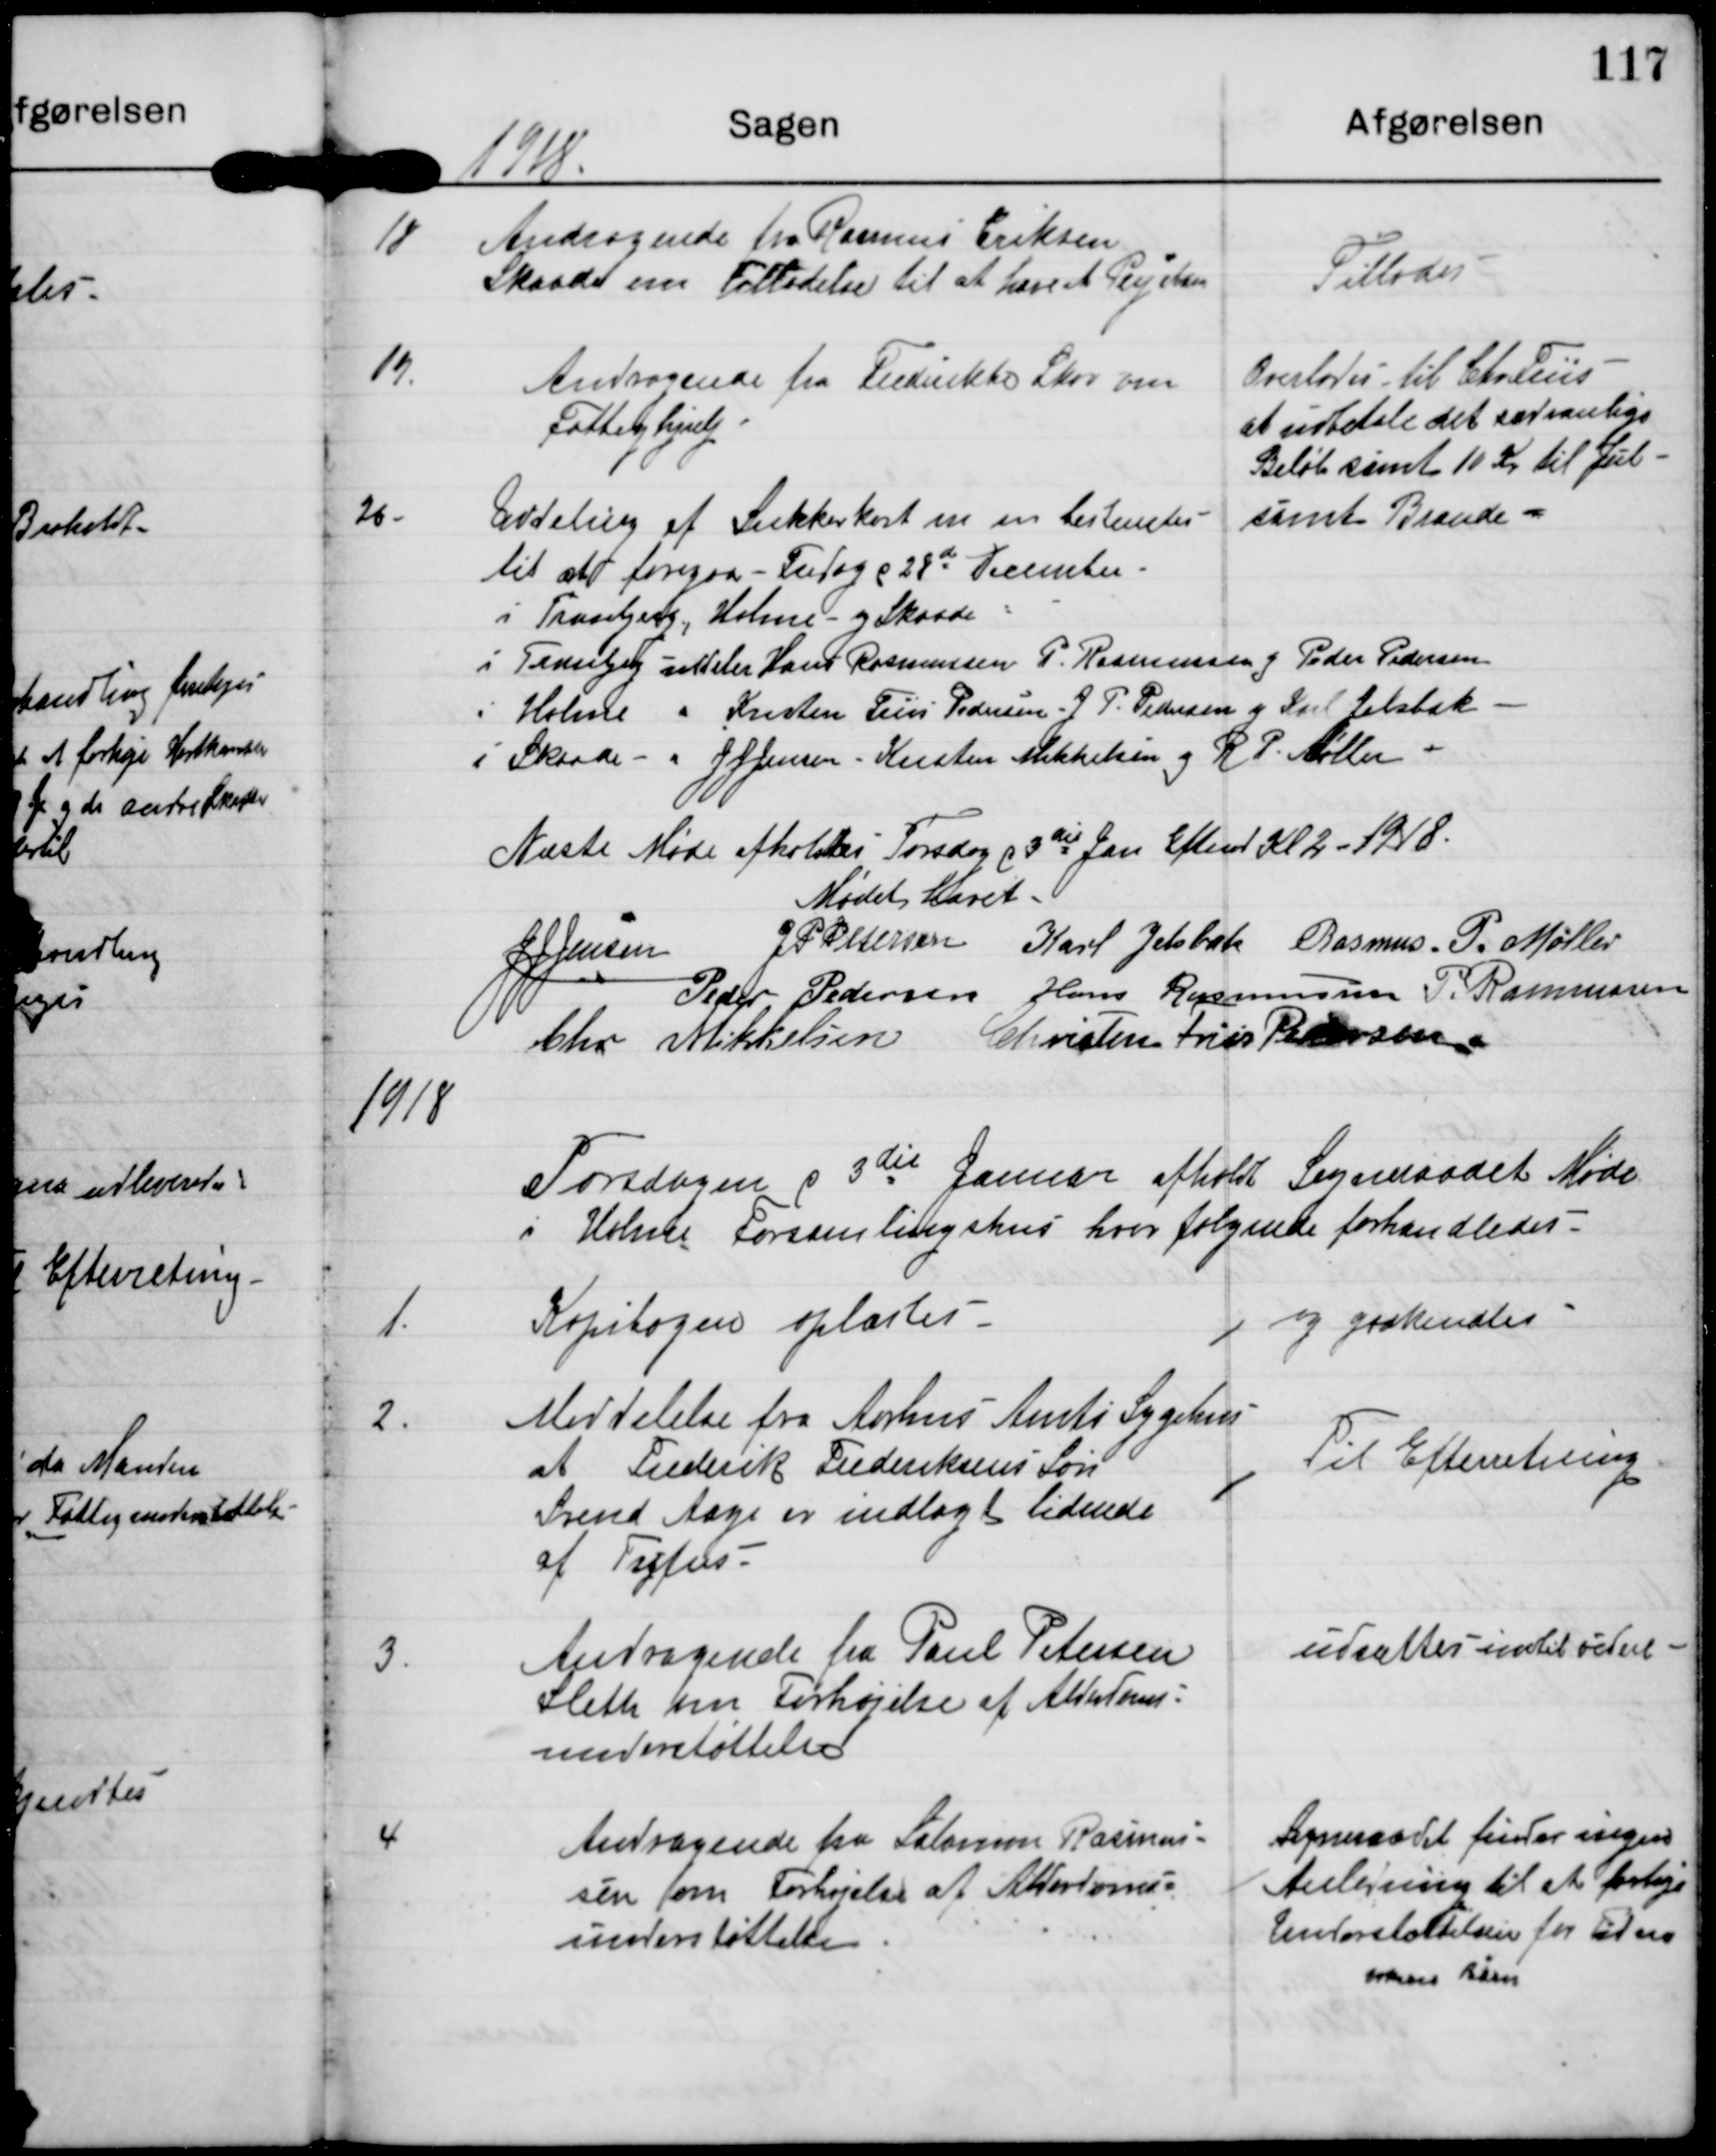
Transskription:
1918

18

Andragende fra Rasmus Eriksen
Skaade om Tilladelse til at have et Plejebarn

Tillades

19

Andragende fra Frederikke Skov om
Fattighjælp

Overlades til Chr Friis
at uddele det sædvanlige
Beløb samt 10 Kr til Jul
samt Brænde

20

Uddeling af Sukkerkort m m bestemtes
til at foregaa Fredag d 28de December
i Tranbjerg, Holme og Skaade

i Tranbjerg uddeler Hans Rasmussen P. Rasmussen og Peder Pedersen
i Holme " Kristen Friis Pedersen, J P. Pedersen og Karl Jelsbak
i Skåde " J J Jensen - Kristen Mikkelsen og R P Møller

Næste Møde afholdes Torsdag d 3die Jan Efterm Kl 2 - 1918

Mødet hævet

J J Jensen

J P Petersen

Karl Jelsbak

Rasmus P. Møller

Peder Pedersen

Hans Rasmussen

P. Rasmussen

Chr Mikkelsen

Christen Friis Pedersen

1918

Torsdagen d 3die Januar afholdt Sogneraadet Møde
i Holme Forsamlingshus hvor følgende forhandledes

1

Kopibogen oplæstes

og godkendtes

2

Meddelelse fra Aarhus Amts Sygehus
at Frederik Frederiksens Søn
Svend Aage er indlagt lidende
af Tyfus.

Til Efterretning

3

Andragende fra Paul Petersen
Sleth om Forhøjelse af Alderdoms-
understøttelse

udsattes indtil videre

Sogneraadet finder ingen
Anledning til at forhøje
Understøttelsen for ?
voksne børn

4

Andragende fra Salomon Rasmus-
sen om Forhøjelse af Alderddoms-
understøttelse